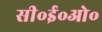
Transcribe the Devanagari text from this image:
सी॰ई॰ओ॰